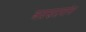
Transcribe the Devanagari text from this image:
असणाऱयांना